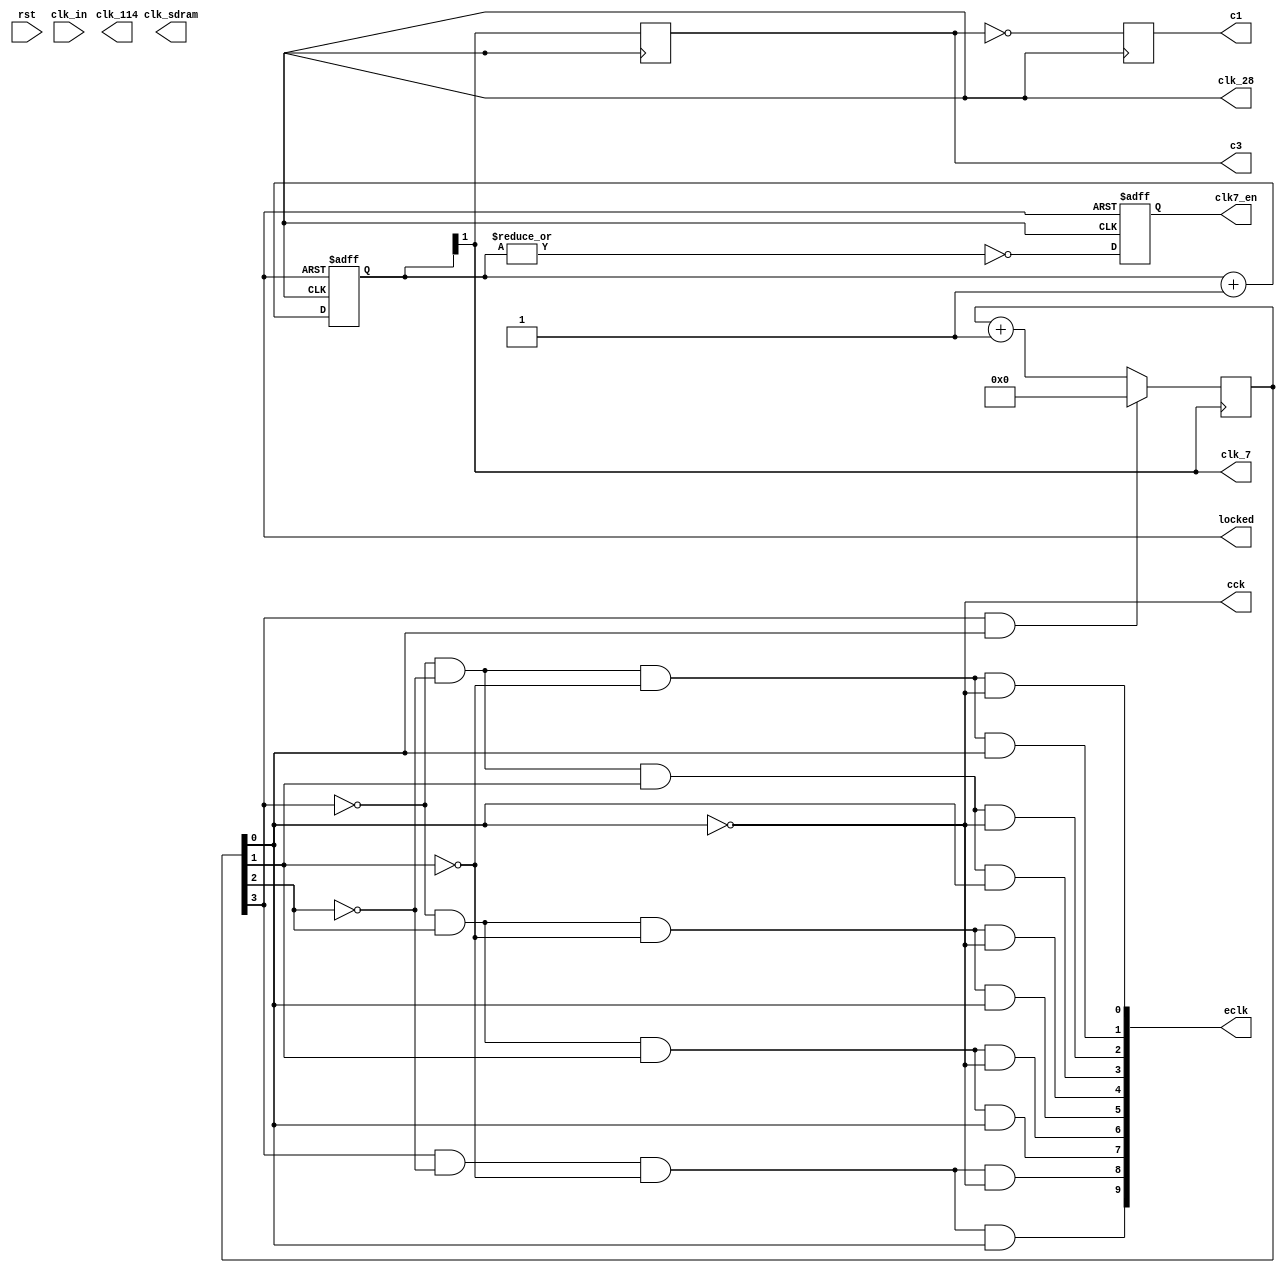
// This program was cloned from: https://github.com/rkrajnc/minimig-de1
// License: GNU General Public License v3.0

/* amiga_clk.v */
/* 2012, rok.krajnc@gmail.com */


module amiga_clk (
  input  wire           rst,        // asynhronous reset input
  input  wire           clk_in,     // input clock        ( 27.000000MHz)
  output wire           clk_114,    // SDRAM ctrl   clock (114.750000MHz)
  output wire           clk_sdram,  // SDRAM output clock (114.750000MHz, -146.25 deg)
  output wire           clk_28,     // 28MHz output clock ( 28.375160MHz)
  output wire           clk_7,      // 7MHz  output clock (  7.171875MHz)
  output wire           clk7_en,    // 7MHz output clock enable (on 28MHz clock domain)
  output wire           c1,         // clk28m clock domain signal synchronous with clk signal
  output wire           c3,         // clk28m clock domain signal synchronous with clk signal delayed by 90 degrees
  output wire           cck,        // colour clock output (3.54 MHz)
  output wire [ 10-1:0] eclk,       // 0.709379 MHz clock enable output (clk domain pulse)
  output wire           locked      // PLL locked output
);


//// simulation clocks ////
`ifdef SOC_SIM
reg            clk_114_r;
reg            clk_28_r;
reg            clk_sdram_r;
reg            pll_locked_r;
initial begin
  pll_locked_r  = 1'b0;
  wait (!rst);
  #50;
  pll_locked_r  = 1'b1;
end
initial begin
  clk_114_r     = 1'b1;
  #1;
  wait (pll_locked_r);
  #3;
  forever #4.357  clk_114_r   = ~clk_114_r;
end
initial begin
  clk_28_r      = 1'b1;
  #1;
  wait (pll_locked_r);
  #5;
  forever #17.428 clk_28_r    = ~clk_28_r;
end
initial begin
  clk_sdram_r   = 1'b1;
  #1;
  wait (pll_locked_r);
  #3;
  forever #4.357  clk_sdram_r = ~clk_sdram_r;
end
assign clk_114    = clk_114_r;
assign clk_28     = clk_28_r;
assign clk_sdram  = clk_sdram_r;
assign locked = pll_locked_r;

`else


//// hardware clocks ////

// device-specific PLL/DCM
`ifdef MINIMIG_ALTERA
amiga_clk_altera amiga_clk_i (
  .areset   (rst      ),
  .inclk0   (clk_in   ),
  .c0       (clk_114  ),
  .c1       (clk_28   ),
  .c2       (clk_sdram),
  .locked   (locked   )
);
`endif

`ifdef MINIMIG_XILINX
amiga_clk_xilinx amiga_clk_i (
  .areset   (rst      ),
  .inclk0   (clk_in   ),
  .c0       (clk_114  ),
  .c1       (clk_28   ),
  .c2       (clk_sdram),
  .locked   (locked   )
);
`endif

`endif


//// generated clocks ////

// 7MHz
reg [2-1:0] clk7_cnt = 2'b10;
reg         clk7_en_reg = 1'b0;
always @ (posedge clk_28, negedge locked) begin
  if (!locked) begin
    clk7_cnt <= 2'b10;
    clk7_en_reg <= #1 1'b1;
  end else begin
    clk7_cnt <= clk7_cnt + 2'b01;
    clk7_en_reg <= #1 ~|clk7_cnt;
  end
end

assign clk_7 = clk7_cnt[1];
assign clk7_en = clk7_en_reg;

// amiga clocks & clock enables
//            __    __    __    __    __
// clk_28  __/  \__/  \__/  \__/  \__/  
//            ___________             __
// clk_7   __/           \___________/  
//            ___________             __
// c1      __/           \___________/   <- clk28m domain
//                  ___________
// c3      ________/           \________ <- clk28m domain
//

// clk_28 clock domain signal synchronous with clk signal delayed by 90 degrees
reg c3_r = 1'b0;
always @(posedge clk_28) begin
  c3_r <= clk_7;
end
assign c3 = c3_r;

// clk28m clock domain signal synchronous with clk signal
reg c1_r = 1'b0;
always @(posedge clk_28) begin
  c1_r <= ~c3_r;
end
assign c1 = c1_r;

// counter used to generate e clock enable
reg [3:0] e_cnt = 4'b0000;
always @(posedge clk_7) begin
  if (e_cnt[3] && e_cnt[0])
    e_cnt[3:0] <= 4'd0;
  else
    e_cnt[3:0] <= e_cnt[3:0] + 4'd1;
end

// CCK clock output
assign cck = ~e_cnt[0];

// 0.709379 MHz clock enable output (clk domain pulse)
assign eclk[0] = ~e_cnt[3] & ~e_cnt[2] & ~e_cnt[1] & ~e_cnt[0]; // e_cnt == 0
assign eclk[1] = ~e_cnt[3] & ~e_cnt[2] & ~e_cnt[1] &  e_cnt[0]; // e_cnt == 1
assign eclk[2] = ~e_cnt[3] & ~e_cnt[2] &  e_cnt[1] & ~e_cnt[0]; // e_cnt == 2
assign eclk[3] = ~e_cnt[3] & ~e_cnt[2] &  e_cnt[1] &  e_cnt[0]; // e_cnt == 3
assign eclk[4] = ~e_cnt[3] &  e_cnt[2] & ~e_cnt[1] & ~e_cnt[0]; // e_cnt == 4
assign eclk[5] = ~e_cnt[3] &  e_cnt[2] & ~e_cnt[1] &  e_cnt[0]; // e_cnt == 5
assign eclk[6] = ~e_cnt[3] &  e_cnt[2] &  e_cnt[1] & ~e_cnt[0]; // e_cnt == 6
assign eclk[7] = ~e_cnt[3] &  e_cnt[2] &  e_cnt[1] &  e_cnt[0]; // e_cnt == 7
assign eclk[8] =  e_cnt[3] & ~e_cnt[2] & ~e_cnt[1] & ~e_cnt[0]; // e_cnt == 8
assign eclk[9] =  e_cnt[3] & ~e_cnt[2] & ~e_cnt[1] &  e_cnt[0]; // e_cnt == 9


endmodule